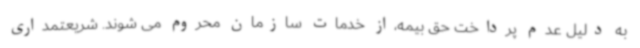
به دلیل عدم پرداخت حق بیمه،از خدمات سازمان محروم می شوند. شریعتمداری